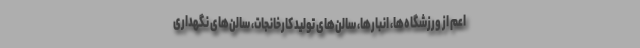
اعم از ورزشگاه‌ها، انبارها، سالن‌های تولید کارخانجات، سالن‌های نگهداری